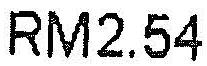
RM2.54